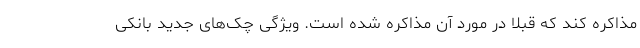
مذاکره کند که قبلا در مورد آن مذاکره شده است. ویژگی چک‌های جدید بانکی